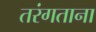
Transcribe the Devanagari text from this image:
तरंगताना